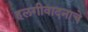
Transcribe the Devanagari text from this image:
हलगीवादनाचे